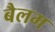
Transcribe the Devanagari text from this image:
बैलम